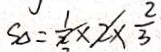
S _ { \Delta } = \frac { 1 } { x } \times x \times \frac { 2 } { 3 }